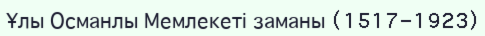
Ұлы Османлы Мемлекеті заманы (1517-1923)